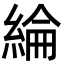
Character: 綸